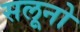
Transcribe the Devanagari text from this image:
सलूनो